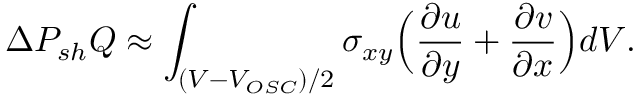
\Delta P _ { s h } Q \approx \int _ { ( V - V _ { O S C } ) / 2 } \sigma _ { x y } \Bigl ( \frac { \partial u } { \partial y } + \frac { \partial v } { \partial x } \Bigr ) d V .